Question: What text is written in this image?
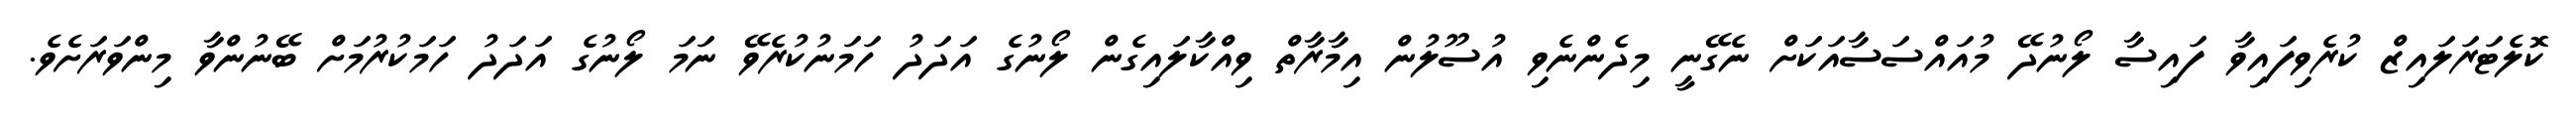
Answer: ކޮލެޓަރަލައިޒް ކުރެވިފައިވާ ފައިސާ ލޯނުދޭ މުއައްސަސާއަކަށް ނެގޭނީ މިދެންނެވި އުސޫލުން އިމާރާތް ވިއްކާލައިގެން ލޯނުގެ އަދަދު ހަމަނުކުރެވޭ ނަމަ ލޯނުގެ އަދަދު ހަމަކުރުމަށް ބޭނުންވާ މިންވަރަށެވެ.